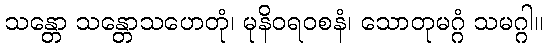
သန္တော သန္တောသဟေတုံ၊ မုနိဝရ၀စနံ၊ သောတုမဂ္ဂံ သမဂ္ဂါ။